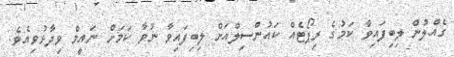
ގެއްލުން ލިބިފައިވާ ކަމުގެ ރިޕޯޓެއް ކައުންސިލްއަށް ލިބިފައިވާ ނުވާ ކަމަށް ނައީމް ވިދާޅުވިއެވެ.